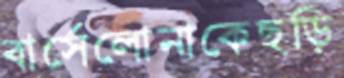
বার্সেলোনাকেছড়ি